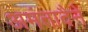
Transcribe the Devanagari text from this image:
अमंतादैने